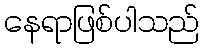
နေရာဖြစ်ပါသည်